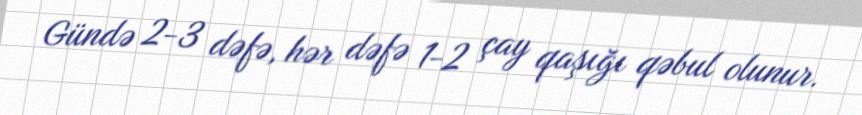
Gündə 2-3 dəfə, hər dəfə 1-2 çay qaşığı qəbul olunur.